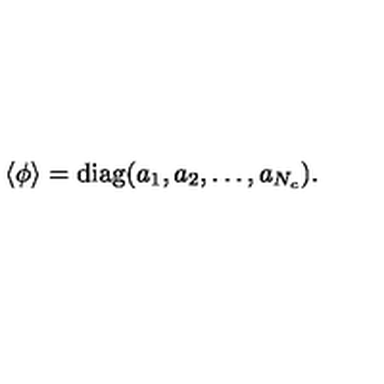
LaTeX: \langle \phi \rangle = \mathrm { d i a g } ( a _ { 1 } , a _ { 2 } , \ldots , a _ { N _ { c } } ) .